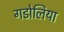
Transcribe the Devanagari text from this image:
गडोलिया